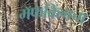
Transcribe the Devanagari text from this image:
मॅफेकिंगचा